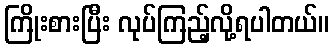
ကြိုးစားပြီး လုပ်ကြည့်လို့ရပါတယ်။